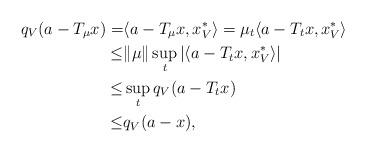
LaTeX: \begin{align*}q_{V}(a - T_{\mu}x) =& \langle a - T_{\mu}x , x^{*}_{V} \rangle= \mu_{t} \langle a - T_{t}x , x^{*}_{V} \rangle \\ \leq &\| \mu\| \sup_{t}| \langle a - T_{t}x , x^{*}_{V} \rangle | \\ \leq & \sup_{t}q_{V}( a - T_{t}x) \\ \leq & q_{V}(a-x),\end{align*}